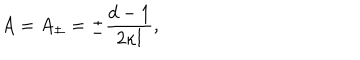
A = A _ { \pm } = \pm \frac { d - 1 } { 2 \kappa l } ,